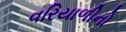
વરિયાળીનો